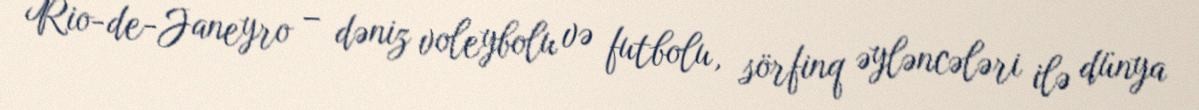
Rio-de-Janeyro – dəniz voleybolu və futbolu, sörfinq əyləncələri ilə dünya